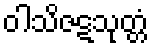
ဝါသိဇဋသုတ္တံ